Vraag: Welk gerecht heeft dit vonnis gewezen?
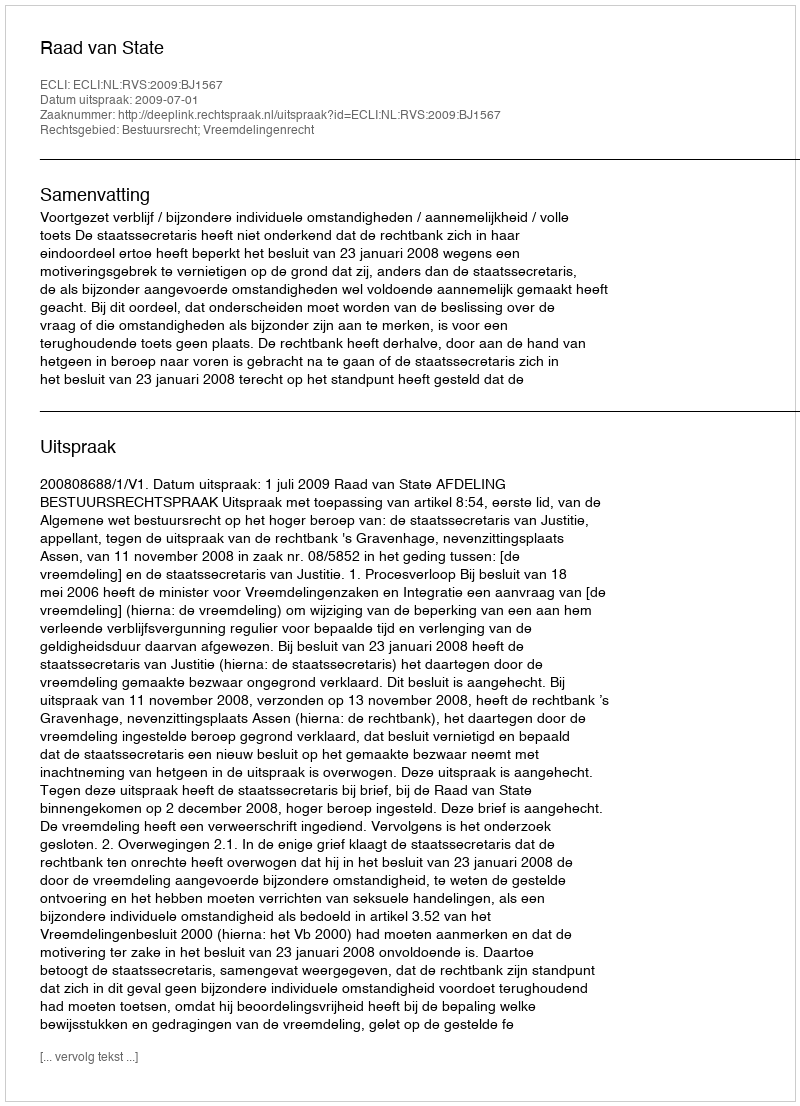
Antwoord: Raad van State